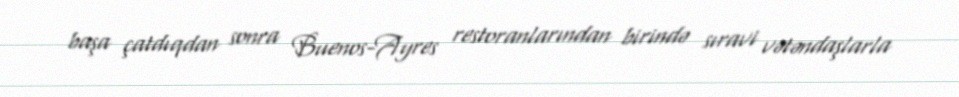
başa çatdıqdan sonra Buenos-Ayres restoranlarından birində sıravi vətəndaşlarla